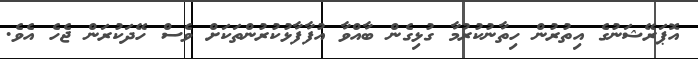
އޮޕަރޭޝަނުގެ އިތުރުން ހިތާނުކުރުމާ ގުޅިގެން ބާއްވާ އުފާފާޅުކުރުންތަކަށް ވެސް ހޭދަކުރަން ޖެހެ އެވެ.